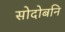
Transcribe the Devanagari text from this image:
सोदोबनि